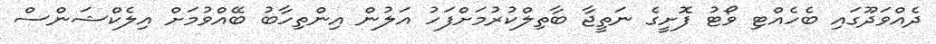
ދެއްވަދޫގައި ބެހެއްޓި ވޯޓު ފޮށީގެ ނަތީޖާ ބާތިލްކުރުމަށްފަހު އަލުން އިންތިހާބު ބޭއްވުމަށް އިލެކްޝަންސް